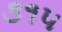
૩૧૫